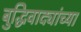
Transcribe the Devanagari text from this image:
बुद्धिवाद्यांच्या